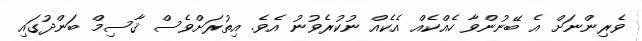
ވެރިންނަށް އެ ބޭނުންވާ ހެއްކެއް އެކެއް ނުކުރެވުނު އެވެ. އިތުރަށްވެސް ޤާސިމް ބަންދުގައި